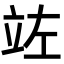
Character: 𮄩